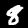
Label: 8